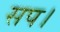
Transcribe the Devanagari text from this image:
सप।